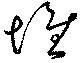
堆